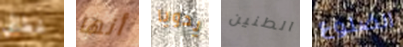
غطائي أنها يدويا الطنين الضلوع